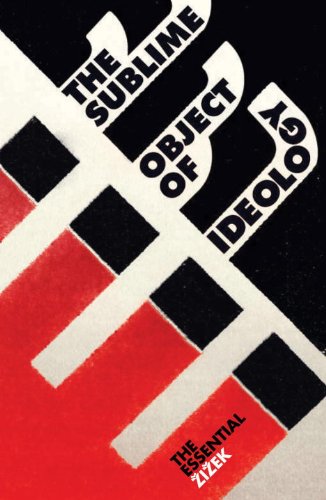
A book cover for The Sublime Object of Ideology (The Essential Zizek); Slavoj Zizek; Politics & Social Sciences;